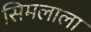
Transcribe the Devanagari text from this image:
सिमलाला